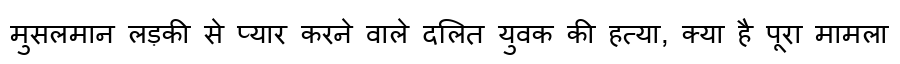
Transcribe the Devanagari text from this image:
मुसलमान लड़की से प्यार करने वाले दलित युवक की हत्या, क्या है पूरा मामला